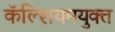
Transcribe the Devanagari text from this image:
कॅल्शियमयुक्त